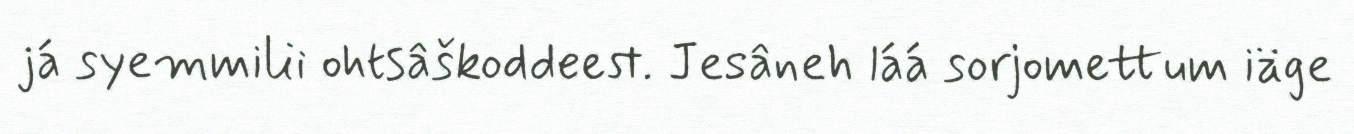
já syemmilii ohtsâškoddeest. Jesâneh láá sorjomettum iäge